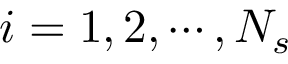
i = 1 , 2 , \cdots , N _ { s }